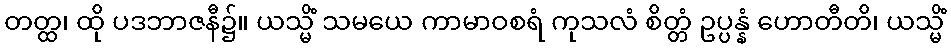
တတ္ထ၊ ထို ပဒဘာဇနီ၌။ ယသ္မိံ သမယေ ကာမာဝစရံ ကုသလံ စိတ္တံ ဥပ္ပန္နံ ဟောတီတိ၊ ယသ္မိံ